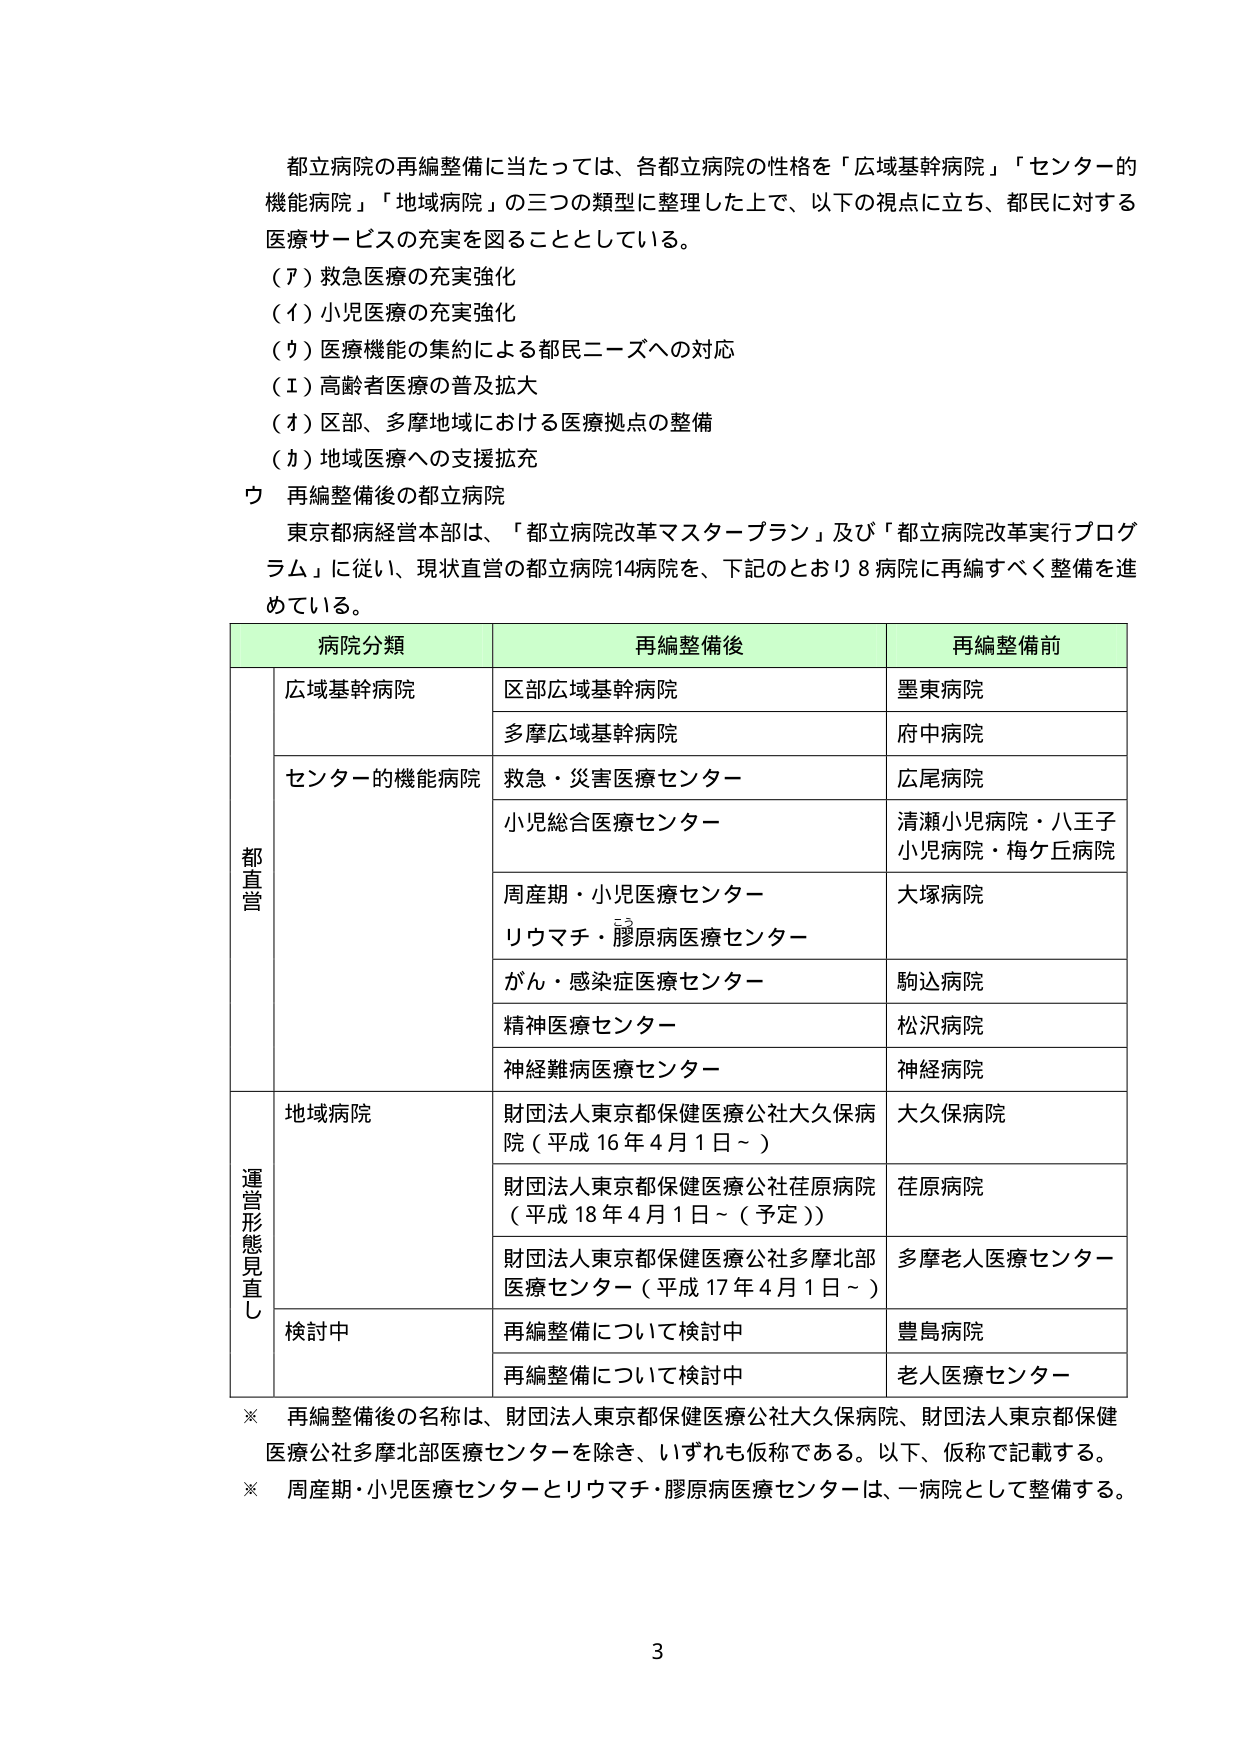
都立病院の再編整備に当たっては、各都立病院の性格を「広域基幹病院」「センター的機能病院」「地域病院」の三つの類型に整理した上で、以下の視点に立ち、都民に対する医療サービスの充実を図ることとしている。

（ア）救急医療の充実強化
（イ）小児医療の充実強化
（ウ）医療機能の集約による都民ニーズへの対応
（エ）高齢者医療の普及拡大
（オ）区部、多摩地域における医療拠点の整備
（カ）地域医療への支援拡充

ウ 再編整備後の都立病院

東京都病経営本部は、「都立病院改革マスタープラン」及び「都立病院改革実行プログラム」に従い、現状直営の都立病院14病院を、下記のとおり8病院に再編すべく整備を進めている。

| 病院分類 | 再編整備後 | 再編整備前 |
|----------|------------|------------|
| **都直営** | 広域基幹病院 | 区部広域基幹病院 | 墨東病院 |
| | | 多摩広域基幹病院 | 府中病院 |
| | センター的機能病院 | 救急・災害医療センター | 広尾病院 |
| | | 小児総合医療センター | 清瀬小児病院・八王子小児病院・梅ケ丘病院 |
| | | 周産期・小児医療センター<br>リウマチ・膠原病医療センター | 大塚病院 |
| | | がん・感染症医療センター | 駒込病院 |
| | | 精神医療センター | 松沢病院 |
| | | 神経難病医療センター | 神経病院 |
| **運営形態見直し** | 地域病院 | 財団法人東京都保健医療公社大久保病院（平成16年4月1日～） | 大久保病院 |
| | | 財団法人東京都保健医療公社荏原病院（平成18年4月1日～（予定）） | 荏原病院 |
| | | 財団法人東京都保健医療公社多摩北部医療センター（平成17年4月1日～） | 多摩老人医療センター |
| | 検討中 | 再編整備について検討中 | 豊島病院 |
| | | 再編整備について検討中 | 老人医療センター |

※ 再編整備後の名称は、財団法人東京都保健医療公社大久保病院、財団法人東京都保健医療公社多摩北部医療センターを除き、いずれも仮称である。以下、仮称で記載する。
※ 周産期・小児医療センターとリウマチ・膠原病医療センターは、一病院として整備する。

3